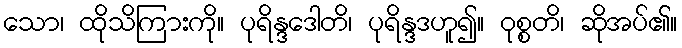
သော၊ ထိုသိကြားကို။ ပုရိန္ဒဒေါတိ၊ ပုရိန္ဒဒဟူ၍။ ဝုစ္စတိ၊ ဆိုအပ်၏။